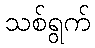
သစ်ရွက်